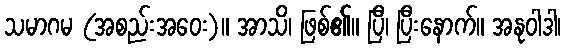
သမာဂမ (အစည်းအဝေး)။ အာသိ၊ ဖြစ်၏။ ပြီ၊ ပြီးနောက်။ အနုဝါဒါ၊